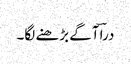
دراؔ آگے بڑھنے لگا۔